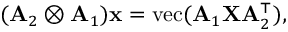
( \mathbf { A } _ { 2 } \otimes \mathbf { A } _ { 1 } ) \mathbf { x } = \mathrm { v e c } ( \mathbf { A } _ { 1 } \mathbf { X } \mathbf { A } _ { 2 } ^ { \top } ) ,